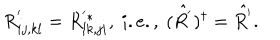
LaTeX: R _ { i j , k l } ^ { ' } = R _ { l k , j i } ^ { ' * } , \ i . e . , \ ( \hat { R ^ { ' } } ) ^ { \dagger } = \hat { R ^ { ' } } .